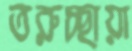
তরুচ্ছায়া